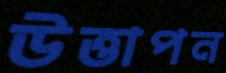
উত্তাপন